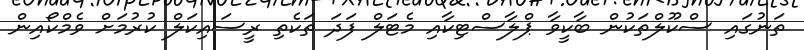
ތަނުގައި ސްކޫލްތަކުން ބާކީވާ ޕްލާސްޓިކާއި މެޓަލް ފަދަ ތަކެތި ރީސައިކަލް ކުރުމަށް ވެމްކޯއިން